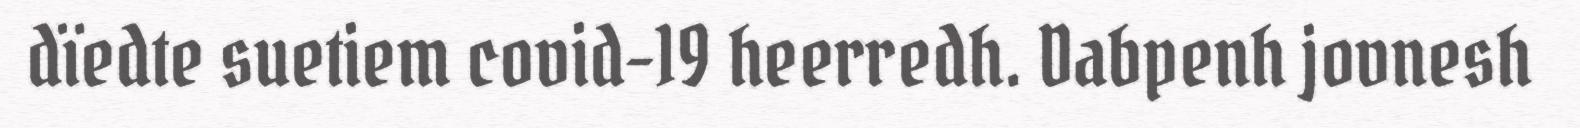
dïedte suetiem covid-19 heerredh. Dabpenh jovnesh